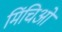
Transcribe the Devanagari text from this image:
मिंचिओ